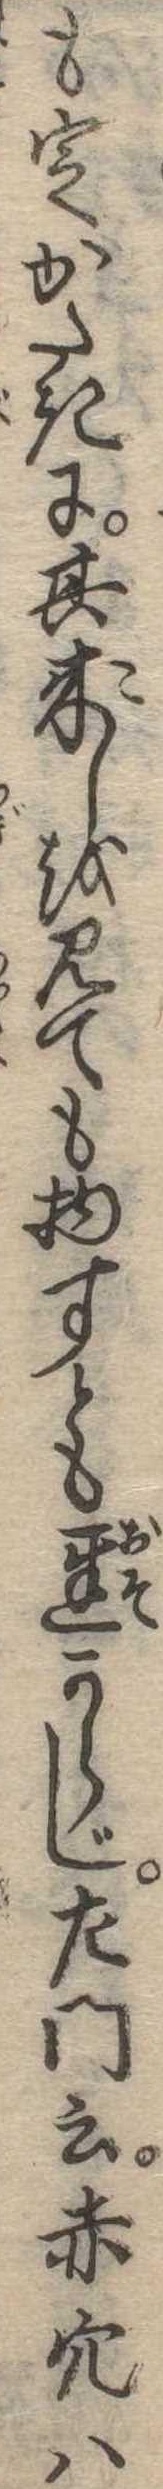
も定がたきに其来しを見ても物すとも遅からじ左門云赤穴は